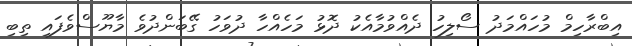
އިބްރާހިމް މުހައްމަދު ސޯލިހު ދެއްވުމާއެކު ދޮޅު މަހެއްހާ ދުވަހު ގޭބަންދުވެ މާޔޫސްވެފައި ތިބި